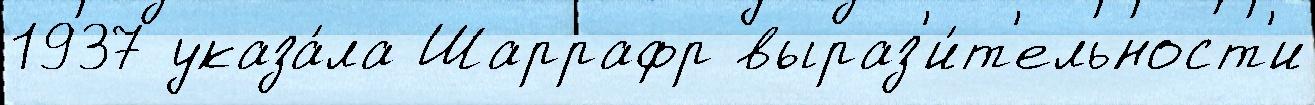
1937 указа́ла Шаррафр выраз'и́т'ельност'и